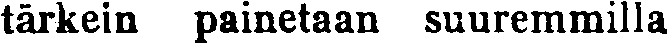
tärkein painetaan suuremmilla